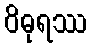
ဝိဓုရဿ